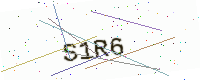
Text: S1R6